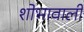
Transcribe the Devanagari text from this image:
शोभावाली